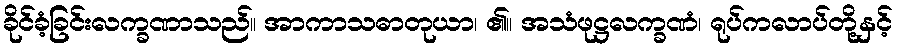
ခိုင်ခံ့ခြင်းလက္ခဏာသည်။ အာကာသဓာတုယာ၊ ၏။ အသံဖုဋ္ဌလက္ခဏံ၊ ရုပ်ကလာပ်တို့နှင့်